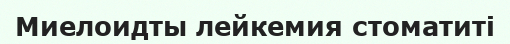
Миелоидты лейкемия стоматиті